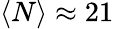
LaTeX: \langle N\rangle\approx 21